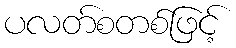
ပလတ်စတစ်ဖြင့်